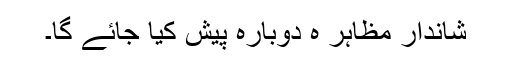
شاندار مظاہر ہ دوبارہ پیش کیا جائے گا۔